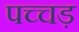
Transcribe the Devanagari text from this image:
पच्चड़